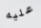
عليه